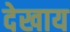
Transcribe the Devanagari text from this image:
देखाय